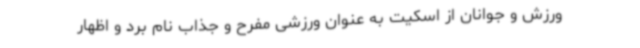
ورزش و جوانان از اسکیت به عنوان ورزشی مفرح و جذاب نام برد و اظهار